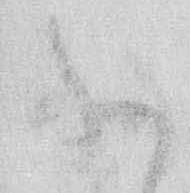
ふ